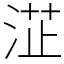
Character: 淽